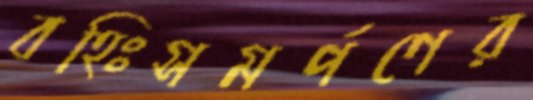
বহিঃসমর্পণের